Eesti_Vabariigi_Tartu_Ulikool, lk 72
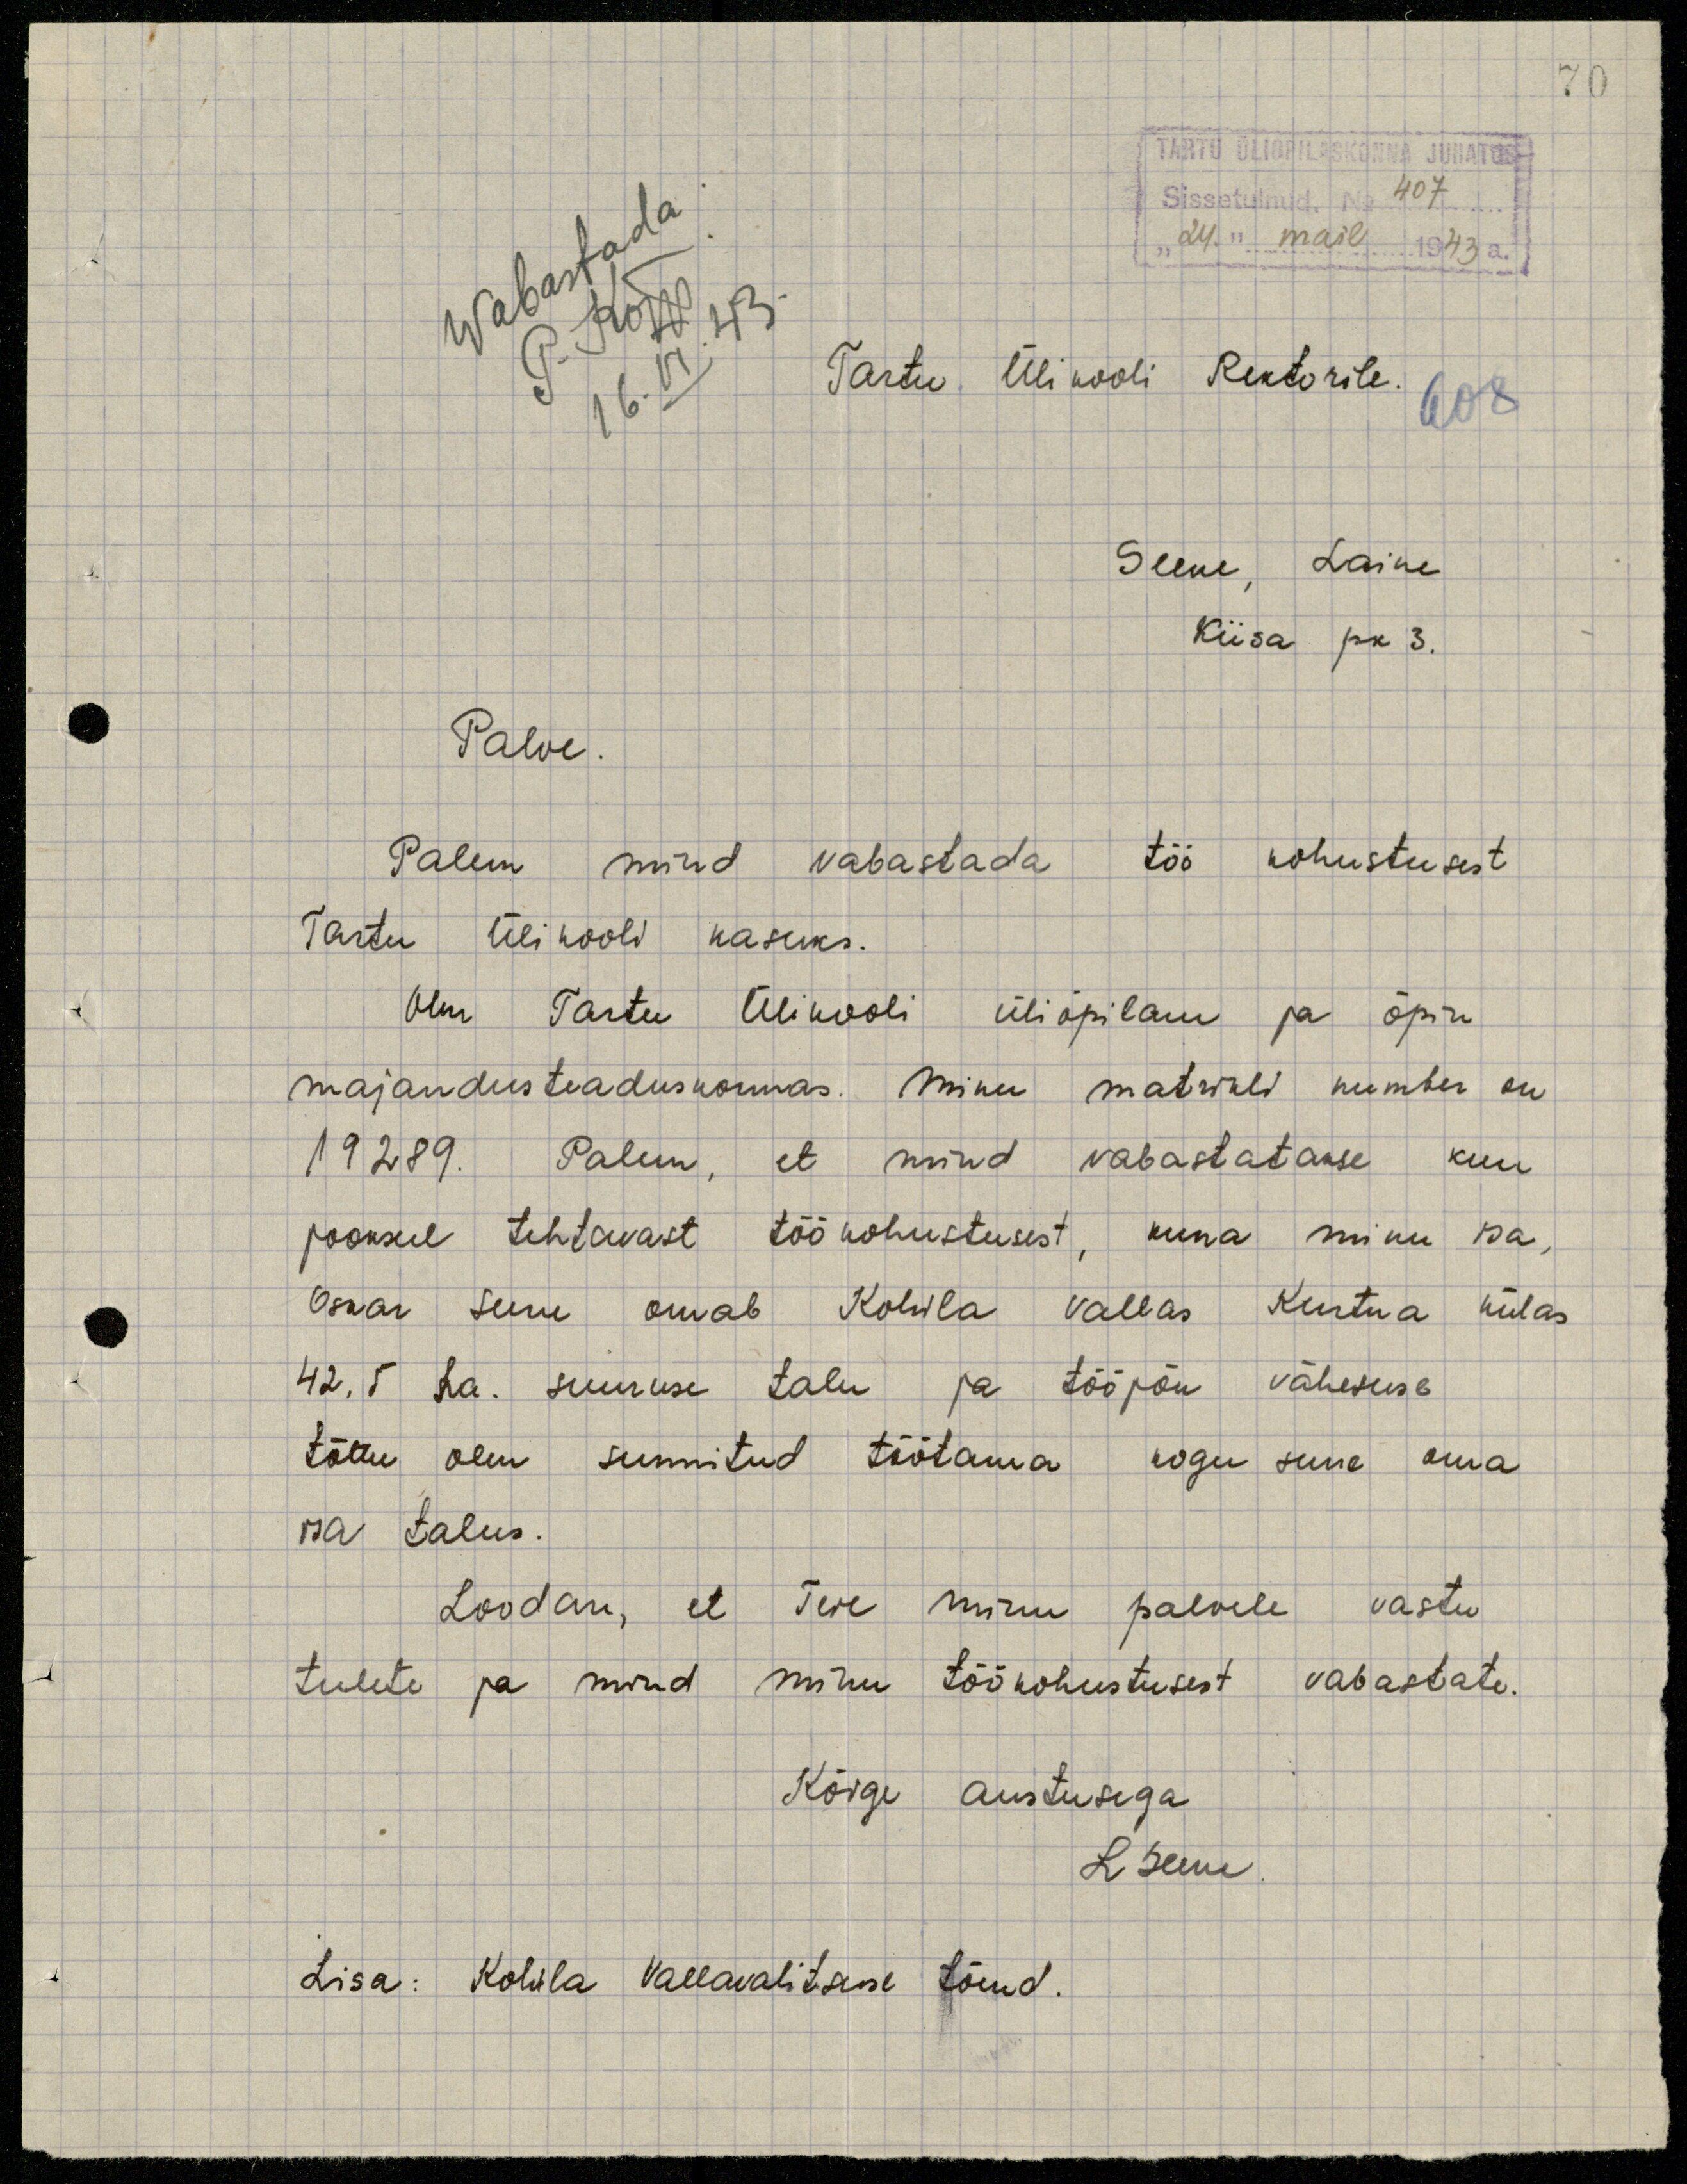
70

TARTU ÜLIÕPILASKONNA JUHATUS
Sissetulnud. No 407
"24." mail 1943 a.
Wabastada
P. Kõpp
16.VI.43.
Tartu Ülikooli Rektorile.
Seene, Laine
Kiisa pk 3.
Palve
Palun mind vabastada töö kohustusest
Tartu Ülikooli kasuks.
Olen Tartu Ülikooli üliõpilane ja õpin
majandusteaduskonnas. Minu matrikli number on
19289. Palun, et mind vabastatakse kuu
jooksul tehtavast töökohustusest, kuna minu isa,
Oskar Seene omab Kohila vallas Kurtna külas
42,5 ha. suuruse talu ja tööjõu vähesuse
tõttu olen sunnitud töötama kogu suve oma
isa talus.
Loodan, et Teie minu palvele vastu
tulete ja mind minu töökohustusest vabastate.
Kõige austusega
L Seene
Lisa: Kohila Vallavalitsuse tõend.